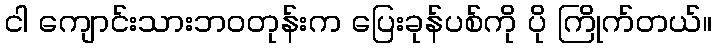
ငါ ကျောင်းသားဘဝတုန်းက ပြေးခုန်ပစ်ကို ပို ကြိုက်တယ်။